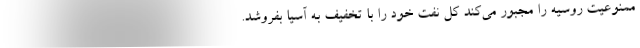
ممنوعیت روسیه را مجبور می‌کند کل نفت خود را با تخفیف به آسیا بفروشد.